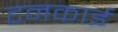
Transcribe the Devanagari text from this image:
टनकाई